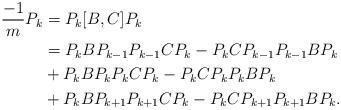
LaTeX: \begin{align*}\frac{-1}{m}P_k &= P_k[B,C]P_k\\&= P_kBP_{k-1}P_{k-1}CP_k-P_kCP_{k-1}P_{k-1}BP_k\\&+P_kBP_kP_kCP_k-P_kCP_kP_kBP_k\\&+P_kBP_{k+1}P_{k+1}CP_k-P_kCP_{k+1}P_{k+1}BP_k.\end{align*}